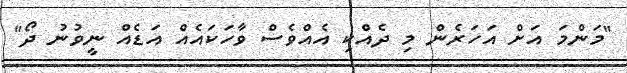
"މަންމަ އަށް އަހަރެން މި ދެއްކި އެއްވެސް ވާހަކައެއް އަޑެއް ނީވުނު ދޯ"